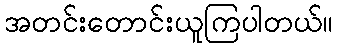
အတင်းတောင်းယူကြပါတယ်။